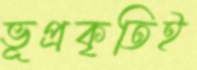
ভূপ্রকৃতিই